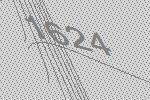
1624